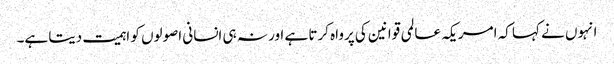
انہوں نے کہا کہ امریکہ عالمی قوانین کی پرواہ کرتا ہے اور نہ ہی انسانی اصولوں کو اہمیت دیتا ہے۔